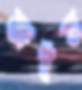
অইত